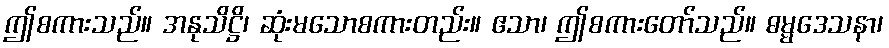
ဤစကားသည်။ အနုသိဋ္ဌိ၊ ဆုံးမသောစကားတည်း။ ဧသာ၊ ဤစကားတော်သည်။ ဓမ္မဒေသနာ၊